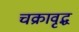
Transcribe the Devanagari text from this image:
चक्रावृद्ध